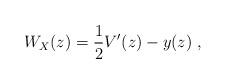
LaTeX: \begin{align*} W_X(z)=\frac{1}{2}V'(z)-y(z)\ , \end{align*}